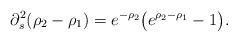
LaTeX: \begin{align*}\partial^2_s(\rho_2-\rho_1)=e^{-\rho_2}\big(e^{\rho_2-\rho_1}-1\big).\end{align*}